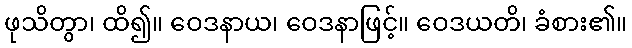
ဖုသိတွာ၊ ထိ၍။ ဝေဒနာယ၊ ဝေဒနာဖြင့်။ ဝေဒယတိ၊ ခံစား၏။